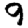
Digit: 9